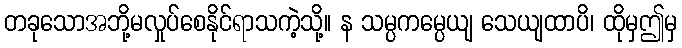
တခုသောအဘို့မလှုပ်စေနိုင်ရာသကဲ့သို့။ န သမ္ပကမ္ပေယျ သေယျထာပိ၊ ထိုမှဤမှ